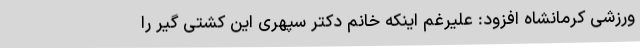
ورزشی کرمانشاه افزود: علیرغم اینکه خانم دکتر سپهری این کشتی گیر را